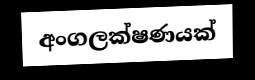
අංගලක්ෂණයක්